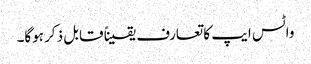
واٹس ایپ کا تعارف یقیناً قابل ذکر ہوگا۔